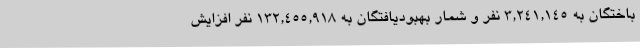
باختگان به ۳,۲۴۱,۱۴۵ نفر و شمار بهبودیافتگان به ۱۳۲,۴۵۵,۹۱۸ نفر افزایش